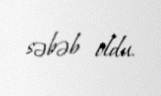
səbəb oldu.